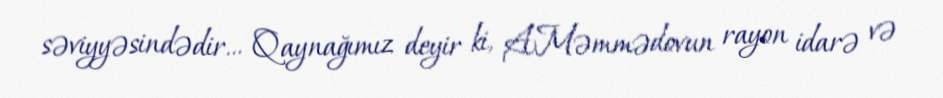
səviyyəsindədir... Qaynağımız deyir ki, A.Məmmədovun rayon idarə və